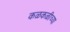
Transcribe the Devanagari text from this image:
कळकळीच्या